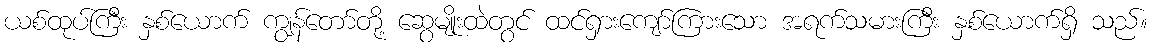
ယစ်ထုပ်ကြီး နှစ်ယောက် ကျွန်တော်တို့ ဆွေမျိုးထဲတွင် ထင်ရှားကျော်ကြားသော အရက်သမားကြီး နှစ်ယောက်ရှိ သည်။